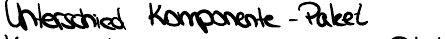
Unterschied Komponente - Paket